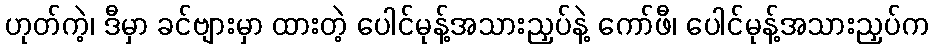
ဟုတ်ကဲ့၊ ဒီမှာ ခင်ဗျားမှာ ထားတဲ့ ပေါင်မုန့်အသားညှပ်နဲ့ ကော်ဖီ၊ ပေါင်မုန့်အသားညှပ်က